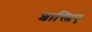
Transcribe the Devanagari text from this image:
शास्त्रिए